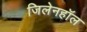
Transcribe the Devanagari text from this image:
जिलेनहॉल